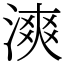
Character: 漺